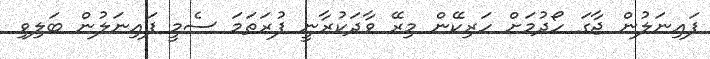
ފައިނަލުން ޖާގަ ހޯދުމަށް ހަރިކޭން މިރޭ ވާދަކުރާނީ ފުރަތަމަ ސެމީ ފައިނަލުން ބަލިވި